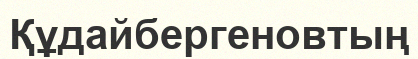
Құдайбергеновтың